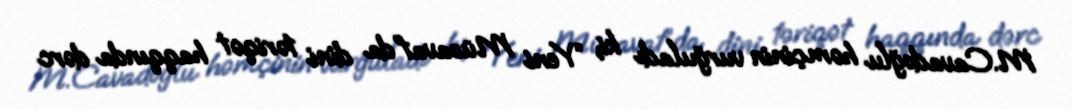
M.Cavadoğlu həmçinin vurğuladı ki, “Yeni Müsavat”da dini təriqət haqqında dərc